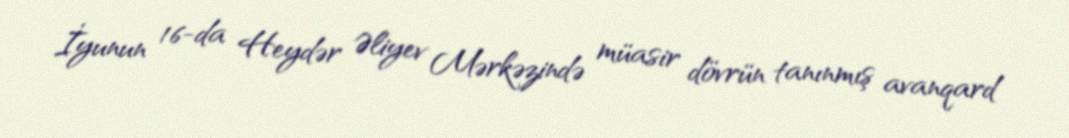
İyunun 16-da Heydər Əliyev Mərkəzində müasir dövrün tanınmış avanqard